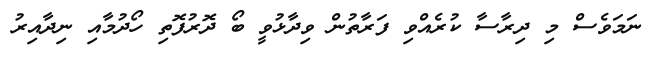
ނަމަވެސް މި ދިރާސާ ކުރެއްވި ފަރާތުން ވިދާޅުވީ ބޯ ދޮރުފޮތި ހޯދުމާއި ނިދާއިރު